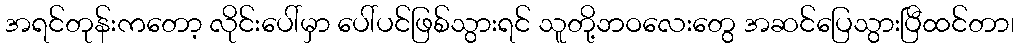
အရင်တုန်းကတော့ လိုင်းပေါ်မှာ ပေါ်ပင်ဖြစ်သွားရင် သူတို့ဘဝလေးတွေ အဆင်ပြေသွားပြီထင်တာ၊